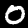
Label: 0